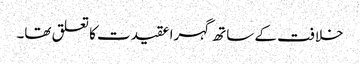
خلافت کے ساتھ گہرا عقیدت کا تعلق تھا۔